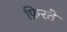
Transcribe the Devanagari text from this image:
फ़िरते